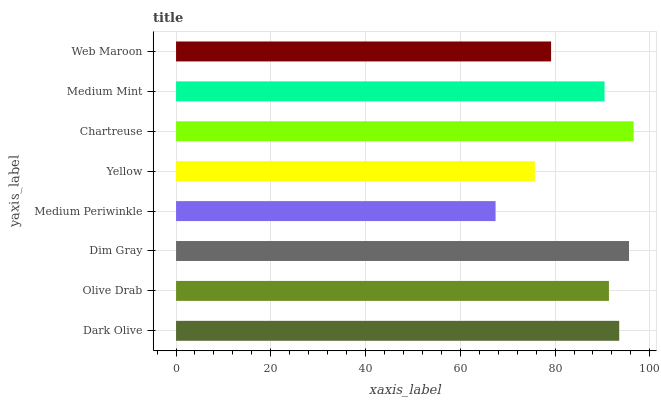
| yaxis_label | bars |
 | --- | --- |
 | Dark Olive | 93.5 |
 | Olive Drab | 91.4 |
 | Dim Gray | 95.6 |
 | Medium Periwinkle | 67.4 |
 | Yellow | 75.7 |
 | Chartreuse | 96.6 |
 | Medium Mint | 90.4 |
 | Web Maroon | 79.2 |